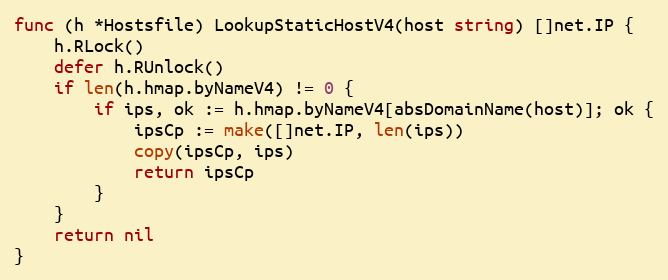
Language: Go
func (h *Hostsfile) LookupStaticHostV4(host string) []net.IP {
	h.RLock()
	defer h.RUnlock()
	if len(h.hmap.byNameV4) != 0 {
		if ips, ok := h.hmap.byNameV4[absDomainName(host)]; ok {
			ipsCp := make([]net.IP, len(ips))
			copy(ipsCp, ips)
			return ipsCp
		}
	}
	return nil
}